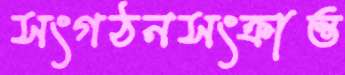
সংগঠনসংক্রান্ত